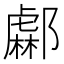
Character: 𨞹